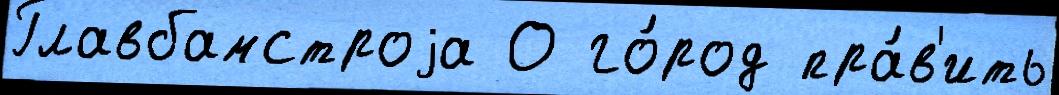
Главбамстроjа О го́род пра́в'ить